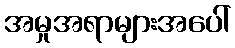
အမှုအရာများအပေါ်